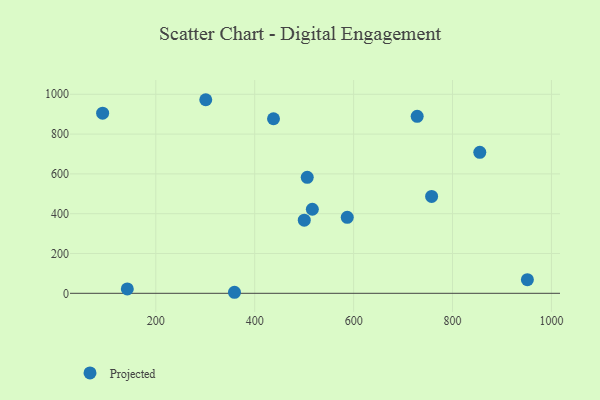
{"axis": {"x": "Experience", "y": "Rating"}, "legend": ["Projected"], "data": [{"x": "142.4", "y": 22.1, "type": "Projected"}, {"x": "728.5", "y": 889.5, "type": "Projected"}, {"x": "951.3", "y": 68.3, "type": "Projected"}, {"x": "301.0", "y": 972.7, "type": "Projected"}, {"x": "438.0", "y": 877.1, "type": "Projected"}, {"x": "516.5", "y": 422.4, "type": "Projected"}, {"x": "359.1", "y": 5.2, "type": "Projected"}, {"x": "855.1", "y": 708.5, "type": "Projected"}, {"x": "757.7", "y": 486.7, "type": "Projected"}, {"x": "506.2", "y": 583.0, "type": "Projected"}, {"x": "587.1", "y": 381.7, "type": "Projected"}, {"x": "92.5", "y": 904.9, "type": "Projected"}, {"x": "500.2", "y": 367.5, "type": "Projected"}]}